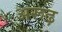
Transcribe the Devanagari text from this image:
अरूढ़